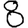
Digit: 8